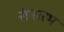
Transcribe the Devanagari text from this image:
संमारभ